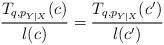
LaTeX: \begin{align*}\dfrac{T_{q,p_{Y|X}}(c)}{l(c)}=\dfrac{T_{q,p_{Y|X}}(c')}{l(c')} \end{align*}